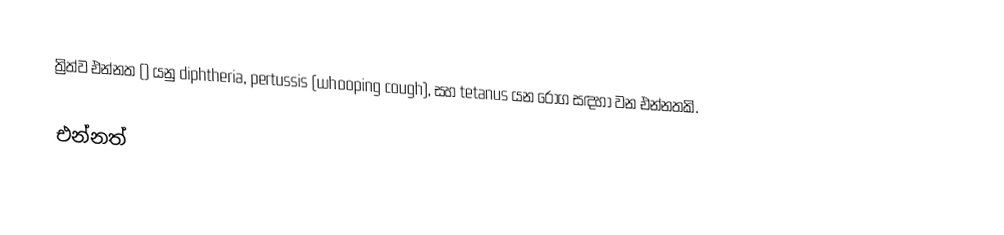
ත්‍රිත්ව එන්නත () යනු diphtheria, pertussis (whooping cough), සහ tetanus යන රෝග සඳහා වන එන්නතකි.

එන්නත්